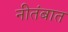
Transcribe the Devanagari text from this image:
नीतंबात